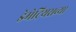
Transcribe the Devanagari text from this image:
डेमेट्रियसच्या